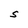
Character: S